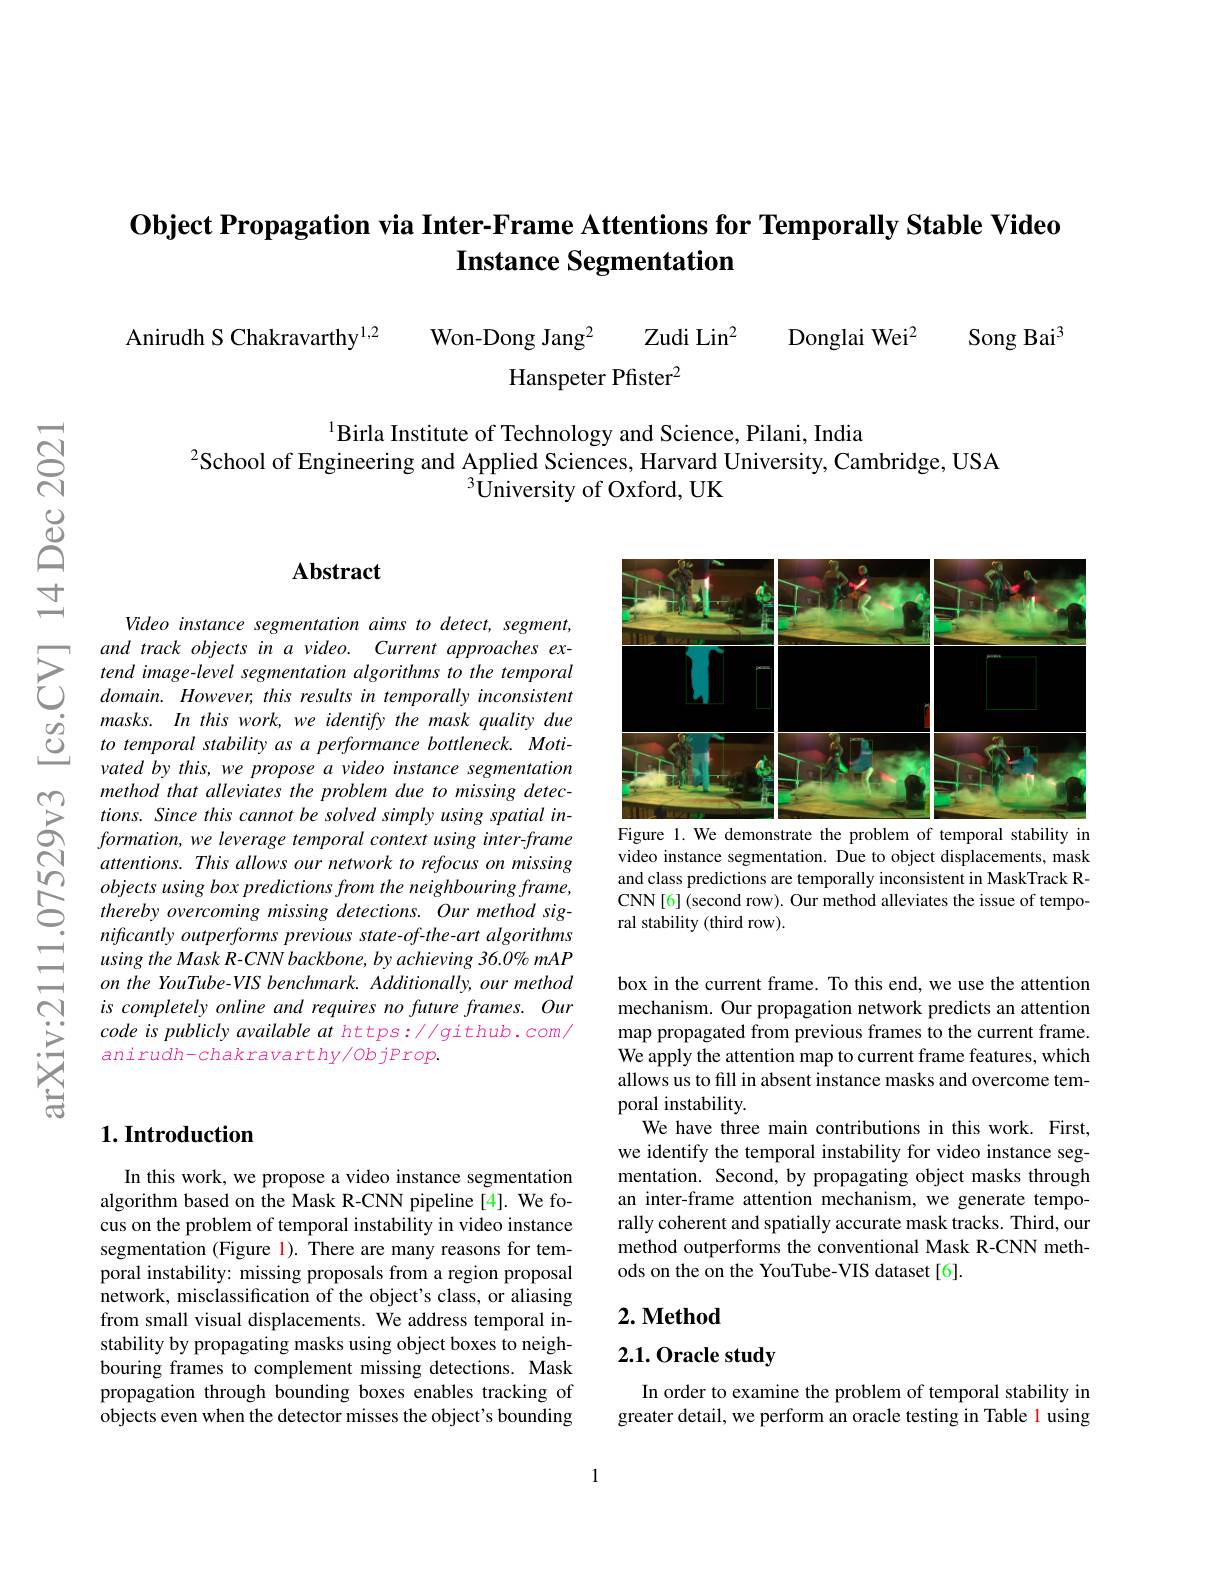
## $\textbf{Object Propagation via Inter- Frame Attentions for Temporally Stable Video}$ Instance Segmentation

Song Bai$^{3}$

Anirudh S Chakravarthy^{1,2}
Won-Dong Jang$^{2}$ Zudi Lin$^{2}$
Donglai Wei$^{2}$
Hanspeter Pfister$^2$

1Birla Institute of Technology and Science, Pilani, India
$^{2}$School of Engineering and Applied Sciences, Harvard University, Cambridge, USA
$^{3}$University of Oxford, UK

## $\mathbf{Abstract}$

<FigureHere>
Figure 1. We demonstrate the problem of temporal stability in

Video instance segmentation aims to detect, segment,
$\sum_{\begin{aligned}&and~track~objects~in~a~video.~Current~approaches~ex-\\&tend~image-level~segmentation~algorithms~to~the~temporal}\\&domain.However,this~results~in~temporally~inconsistent\end{aligned}$ $masks.~In~this~work,~we~identify~the~mask~quality~due$ C $to temporal stability as a performance bottleneck. Moti-$
vated by this, we propose a video instance segmentation method that alleviates the problem due to missing detections. Since this cannot be solved simply using spatial information, we leverage temporal context using inter-frame attentions. This allows our network to refocus on missing $objects using box predictions from the neighbouring frame$, thereby overcoming missing detections. Our method significantly outperforms previous state-of-the-art algorithms using the Mask R-CNN backbone, by achieving 36.0% mAP on the YouTube-VIS benchmark. Additionally, our method is completely online and requires no future frames. Our code is publicly available at https://github.com/ anirudh-chakravarthy/ObjProp.

video instance segmentation. Due to object displacements, mask and class predictions are temporally inconsistent in MaskTrack RCNN[6](second row). Our method alleviates the issue of temporal stability (third row).

box in the current frame. To this end, we use the attention mechanism. Our propagation network predicts an attention map propagated from previous frames to the current frame. We apply the attention map to current frame features, which allows us to fill in absent instance masks and overcome temporal instability.
We have three main contributions in this work. First, we identify the temporal instability for video instance segmentation. Second, by propagating object masks through an inter-frame attention mechanism, we generate temporally coherent and spatially accurate mask tracks. Third, our method outperforms the conventional Mask R-CNN methods on the on the YouTube-VIS dataset[6].

## $1. \textbf{Introduction}$

In this work, we propose a video instance segmentation algorithm based on the Mask R-CNN pipeline [4]. We focus on the problem of temporal instability in video instance segmentation (Figure 1). There are many reasons for temporal instability: missing proposals from a region proposal network, misclassification of the object's class, or aliasing from small visual displacements. We address temporal instability by propagating masks using object boxes to neighbouring frames to complement missing detections. Mask propagation through bounding boxes enables tracking of objects even when the detector misses the object's bounding

## $2. \textbf{Method}$

## 2.1. Oracle study

In order to examine the problem of temporal stability in greater detail, we perform an oracle testing in Table 1 using

1